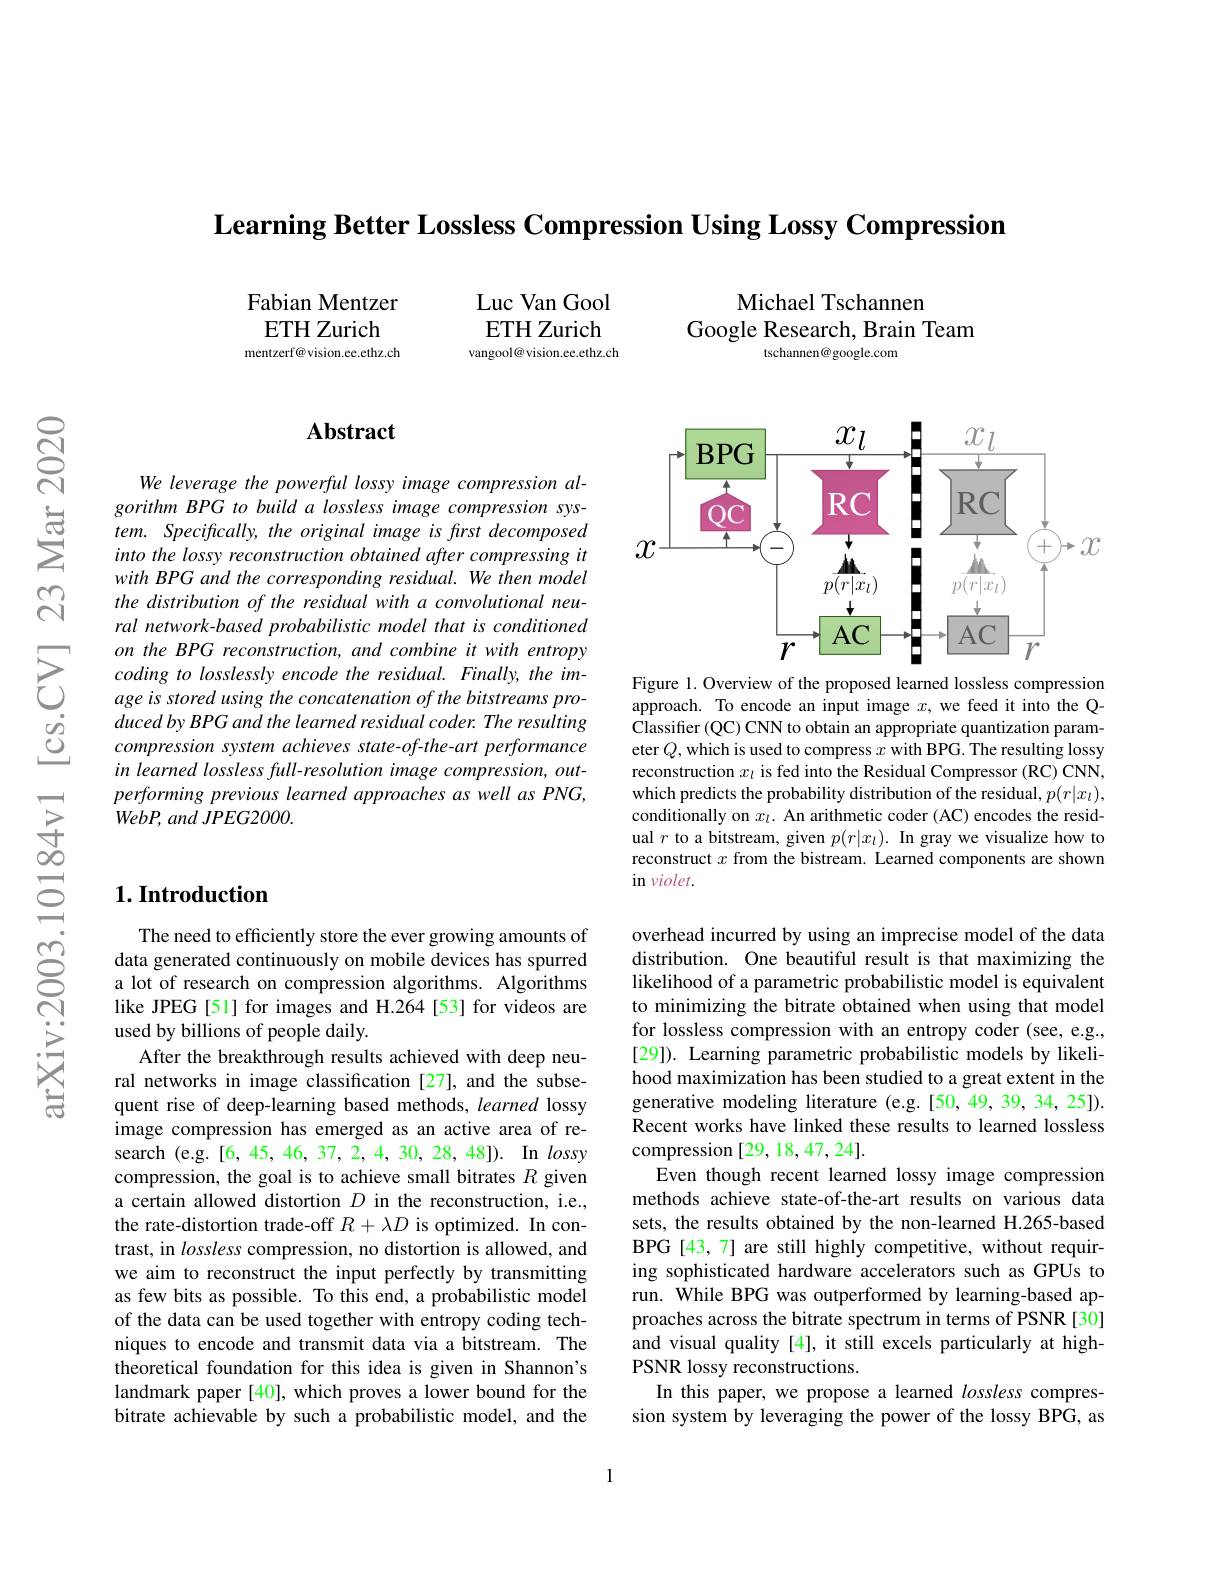
$\textbf{Learning Better Lossless Compression Using Lossy Compression}$

Fabian Mentzer ETH Zurich mentzerf@vision.ee.ethz.ch

Luc Van Gool ETH Zurich vangool@ vision.ee.ethz.ch

Michael Tschannen
Google Research, Brain Team
tschannen@ google.com

### $\mathbf{Abstract}$

We leverage the powerful lossy image compression algorithm BPG to build a lossless image compression sys- $tem.$ $Specifically, the\textit{original image is first decomposed}$ into the lossy reconstruction obtained after compressing it with BPG and the corresponding residual. We then model the distribution of the residual with a convolutional neural network-based probabilistic model that is conditioned on the BPG reconstruction, and combine it with entropy coding to losslessly encode the residual. Finally, the image is stored using the concatenation of the bitstreams produced by BPG and the learned residual coder. The resulting compression system achieves state-of-the-art performance in learned lossless full-resolution image compression, outperforming previous learned approaches as well as PNG, $WebP$, and $JPEG2000.$

## $1. \textbf{Introduction}$

The need to efficiently store the ever growing amounts of data generated continuously on mobile devices has spurred a lot of research on compression algorithms. Algorithms like JPEG[51] for images and H.264 [53] for videos are used by billions of people daily.
After the breakthrough results achieved with deep neural networks in image classification [27], and the subsequent rise of deep-learning based methods, learned lossy image compression has emerged as an active area of research (e.g.[6,45,46,37,2,4,30,28,48]). In lossy compression, the goal is to achieve small bitrates $R$ given a certain allowed distortion $D$ in the reconstruction, i.e., the rate-distortion trade-off $R+\lambda D$ is optimized. In contrast, in lossless compression, no distortion is allowed, and we aim to reconstruct the input perfectly by transmitting as few bits as possible. To this end, a probabilistic model of the data can be used together with entropy coding techniques to encode and transmit data via a bitstream. The theoretical foundation for this idea is given in Shannon's landmark paper [40], which proves a lower bound for the bitrate achievable by such a probabilistic model, and the

<FigureHere>

Figure 1. Overview of the proposed learned lossless compression approach. To encode an input image $x$, we feed it into the QClassifier (QC) CNN to obtain an appropriate quantization parameter $Q$,which is used to compress $x$ with BPG. The resulting lossy reconstruction $x_l$ is fed into the Residual Compressor (RC) CNN, which predicts the probability distribution of the residual, $p(r|x_l)$, conditionally on $x_l.$ An arithmetic coder (AC) encodes the residual $r$ to a bitstream, given $p(r|x_l).$ In gray we visualize how to reconstruct $x$ from the bistream. Learned components are shown in violet.

overhead incurred by using an imprecise model of the data distribution. One beautiful result is that maximizing the likelihood of a parametric probabilistic model is equivalent to minimizing the bitrate obtained when using that model for lossless compression with an entropy coder (see, e.g., [29]). Learning parametric probabilistic models by likelihood maximization has been studied to a great extent in the generative modeling literature (e.g.[50,49,39,34,25]). Recent works have linked these results to learned lossless compression [29, 18, 47, 24].
Even though recent learned lossy image compression methods achieve state-of-the-art results on various data sets, the results obtained by the non-learned H.265-based BPG [43,7] are still highly competitive, without requiring sophisticated hardware accelerators such as GPUs to run. While BPG was outperformed by learning-based approaches across the bitrate spectrum in terms of PSNR [30] and visual quality [4], it still excels particularly at highPSNR lossy reconstructions.
In this paper, we propose a learned lossless compression system by leveraging the power of the lossy BPG, as

1